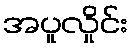
အပူလှိုင်း